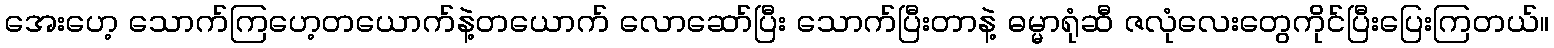
အေးဟေ့ သောက်ကြဟေ့တယောက်နဲ့တယောက် လောဆော်ပြီး သောက်ပြီးတာနဲ့ ဓမ္မာရုံဆီ ဇလုံလေးတွေကိုင်ပြီးပြေးကြတယ်။